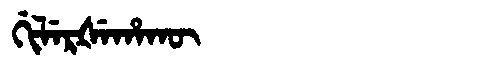
Manchu: ᡤᡳᠯᡝᡵᡧᡝᡥᠠᡴᡡ
Romanization: GILERŠEHAKŪ